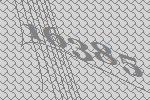
16385